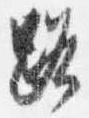
路